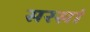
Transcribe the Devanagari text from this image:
सरसां